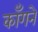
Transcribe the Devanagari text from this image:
काँगने